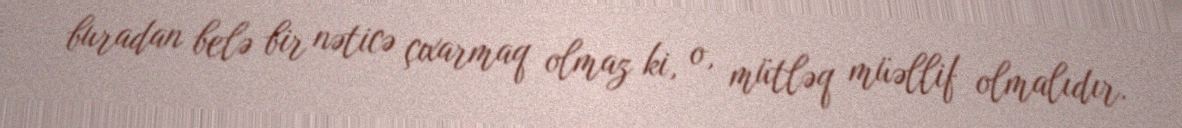
buradan belə bir nəticə çıxarmaq olmaz ki, o, mütləq müəllif olmalıdır.